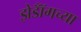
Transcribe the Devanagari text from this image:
झेडॉँगच्या